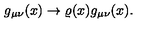
g _ { \mu \nu } ( x ) \rightarrow \varrho ( x ) g _ { \mu \nu } ( x ) .